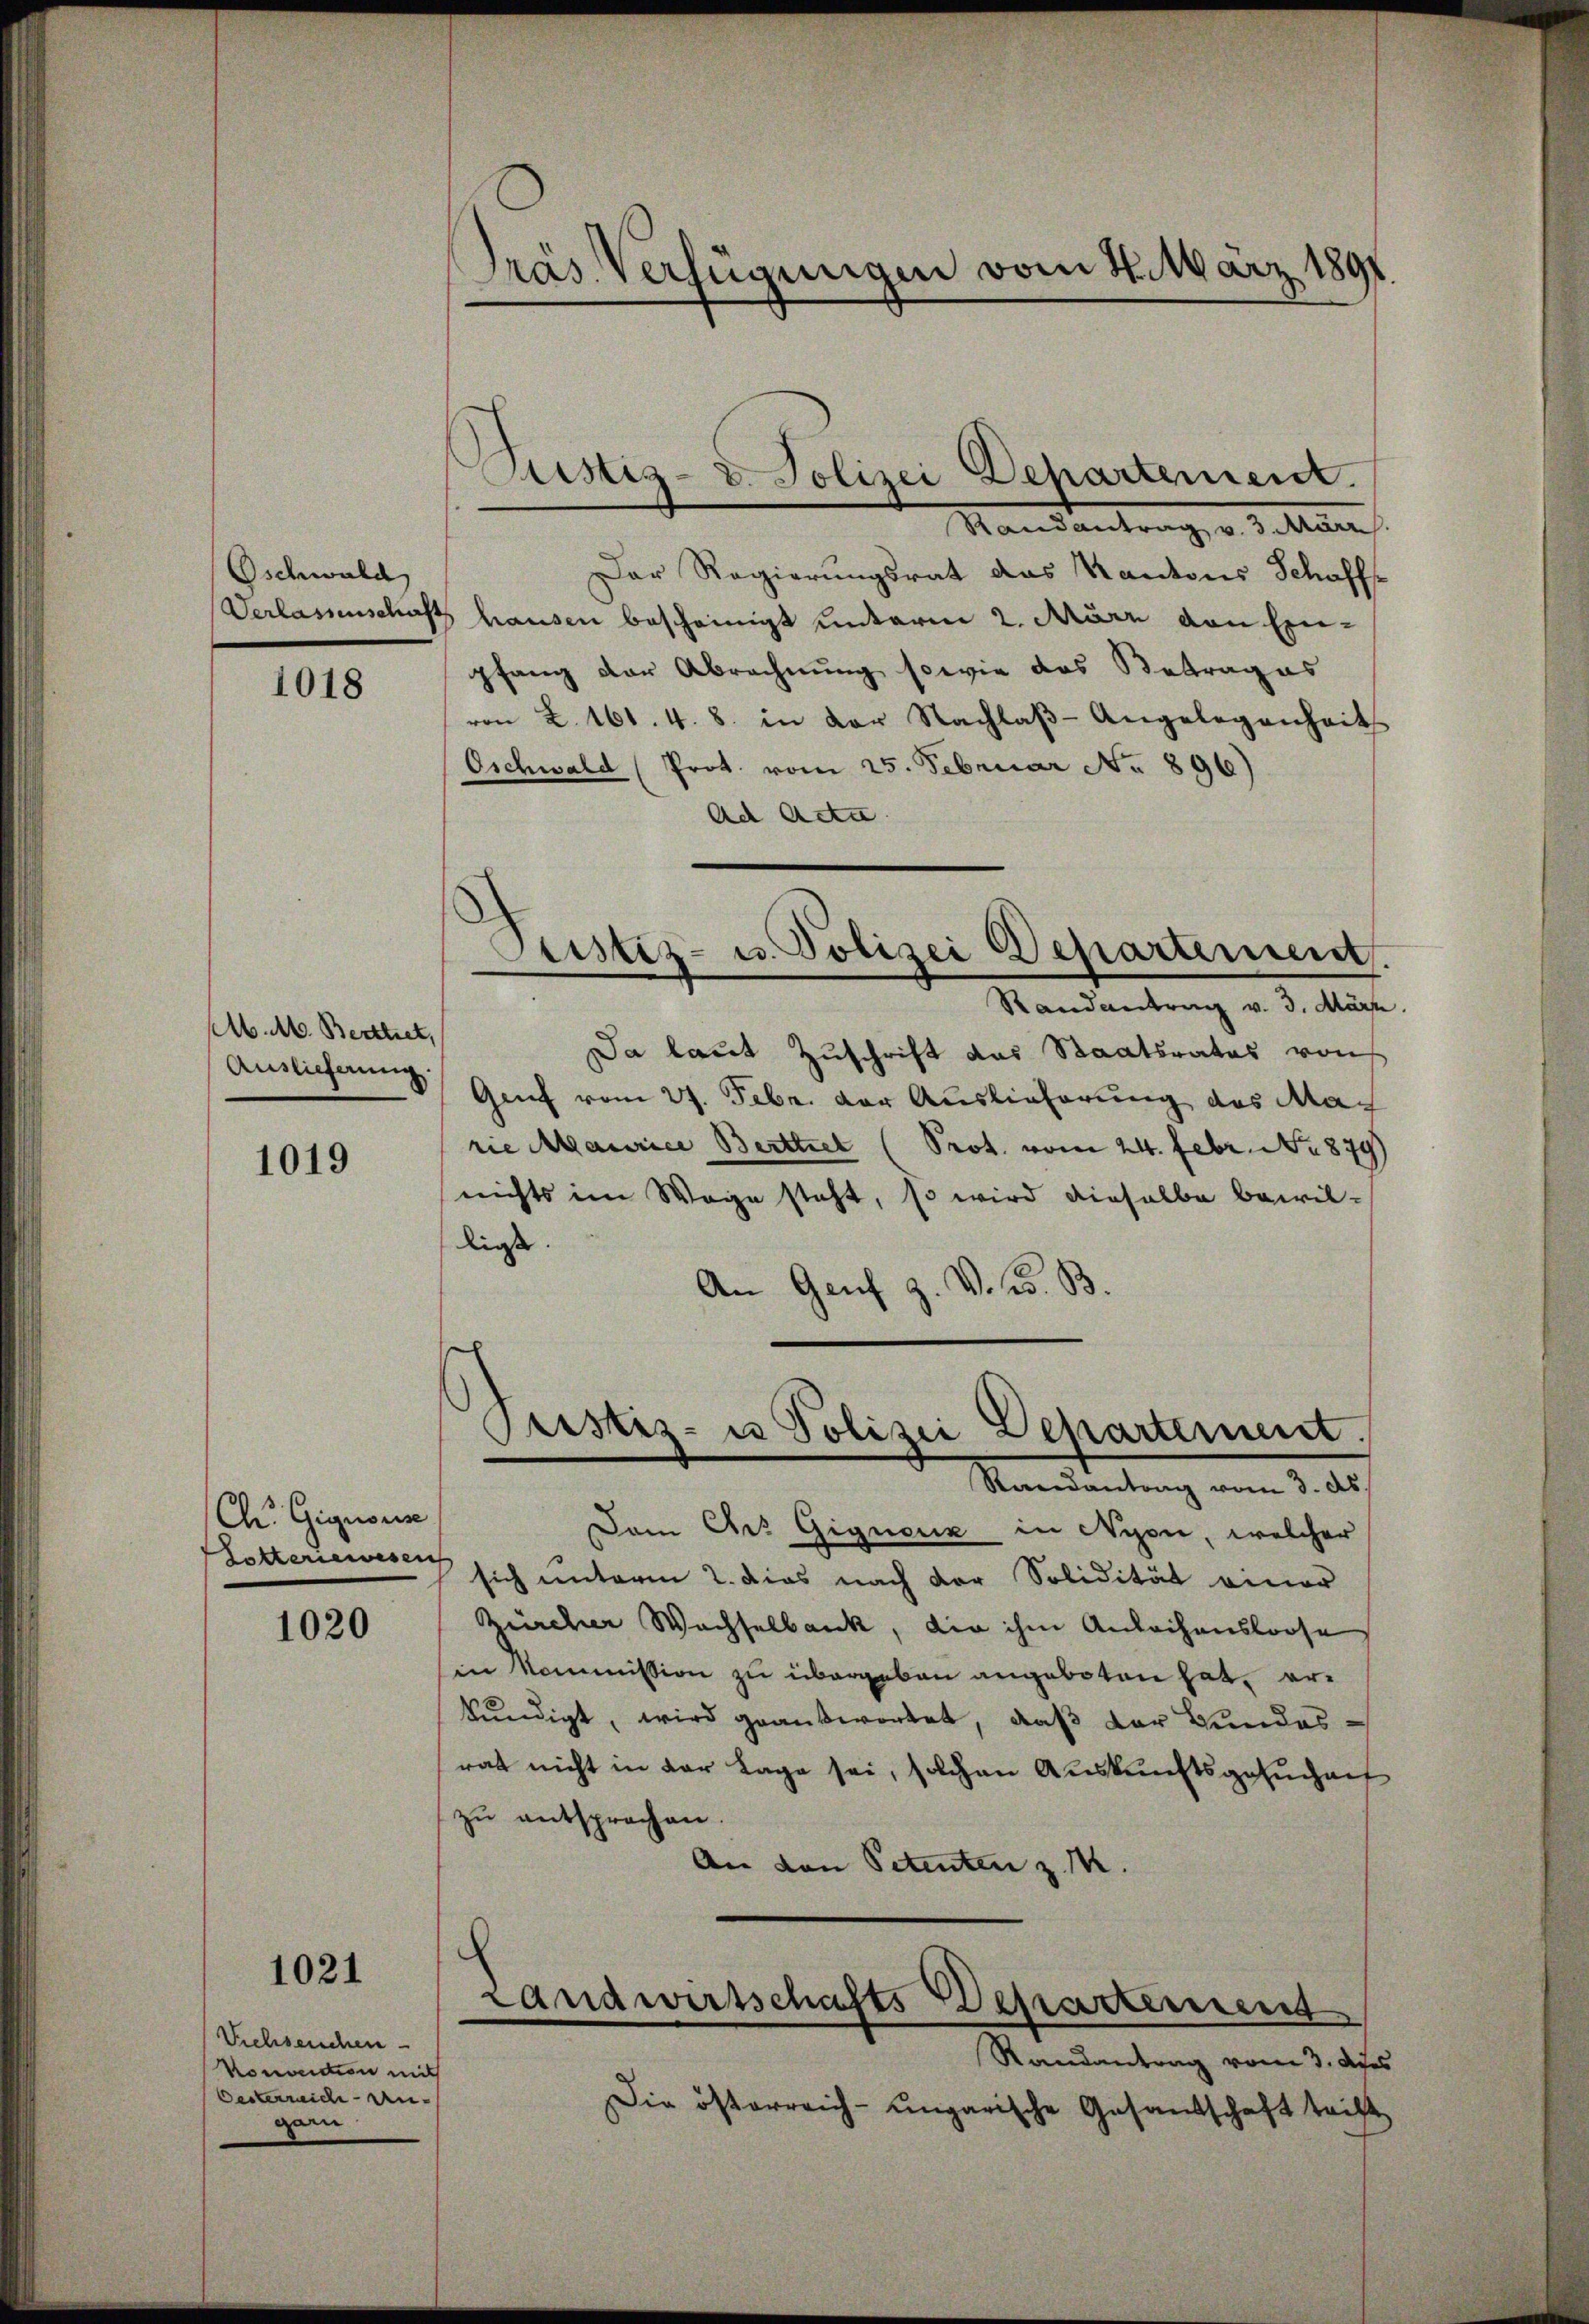
Oschwald

1018

M. M. Berttret,
Auslieferung.

1019

Ch. Gignorise
Lotteriewesen

1020

1021

Viehseuchen
Konvention mit
Oesterreich-Ungarn

Pras Verfügungen vom 4. März 1891

ustiz- & Polizei Departement.

Justiz- u Polizei Departement.
Rerendantrag vom 3. ds.

Randantrag, v. J. klar
Der Regierungsrat das Kantons Schaff-
Verlassenschafts hausen bescheinigt unterm 2. März von Ein-
pfang der Abrechnung sowie das Betrages
von L. 161. 4. 8. in der Nachlaβ-Angelegenheits
Oschwald (Prot. vom 25. Februar No 896)
Ad Acta.
¬
Justiz- u. Polizei Departement.
Randantrag v. 3. März.
Da laut Zuschrift das Staatsrates von
Gruf vom 27. Febr. der Auslieferung des Mar
rie Maurice Berttier (Prot. vom 24. Febr. No 879)
nichts im Wege steht, so wird dieselbe bewillies
An Genf z. V. W. B.

Dem Ars Gignenz in Nyon, welcher
sich unterm 2. dies nach der Solidität einer
Zürcher Wachselbank, die ihm Anleihensloose
in Kommission zu übergeben angeboten hat, erkundigt, wird geantwortet, daß der Bundes
rat nicht in der Lage sei, solchen Auskunftsgesuchen
zu entsprochen.
An den Petenten z. M.
.
Landwirtschafts Departement
Randantrag vom 3. Aprs
Die österreich-ungarische Gesandschaft trift